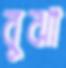
বুঝা